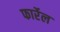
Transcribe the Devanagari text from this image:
फार्रेल